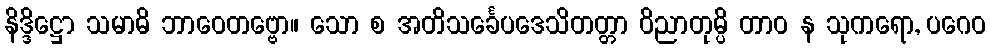
နိဒ္ဒိဋ္ဌော သမာဓိ ဘာဝေတဗ္ဗော။ သော စ အတိသင်္ခေပဒေသိတတ္တာ ဝိညာတုမ္ပိ တာဝ န သုကရော, ပဂေဝ